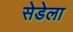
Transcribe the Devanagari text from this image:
सेडेला